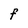
Character: F